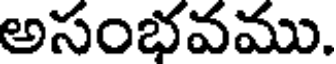
అసంభవము.